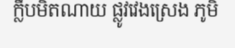
ក្លឹបមិតណាយ ផ្លូវវេងស្រេង ភូមិ